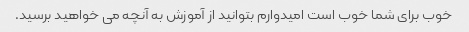
خوب برای شما خوب است امیدوارم بتوانید از آموزش به آنچه می خواهید برسید.